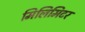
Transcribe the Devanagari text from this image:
मिलिमिटर